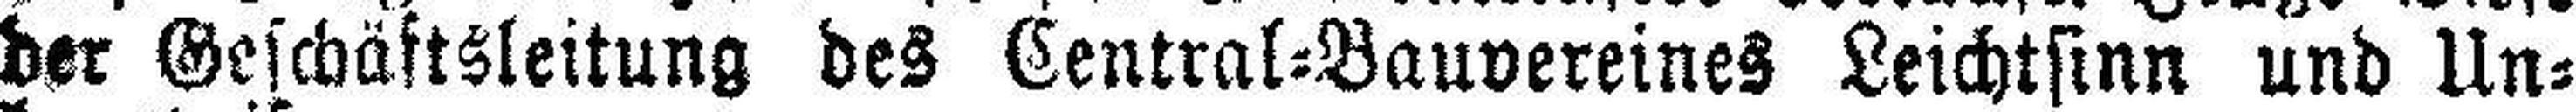
der Geschäftsleitung des Central=Bauvereines Leichtsinn und Un¬